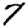
Digit: 7